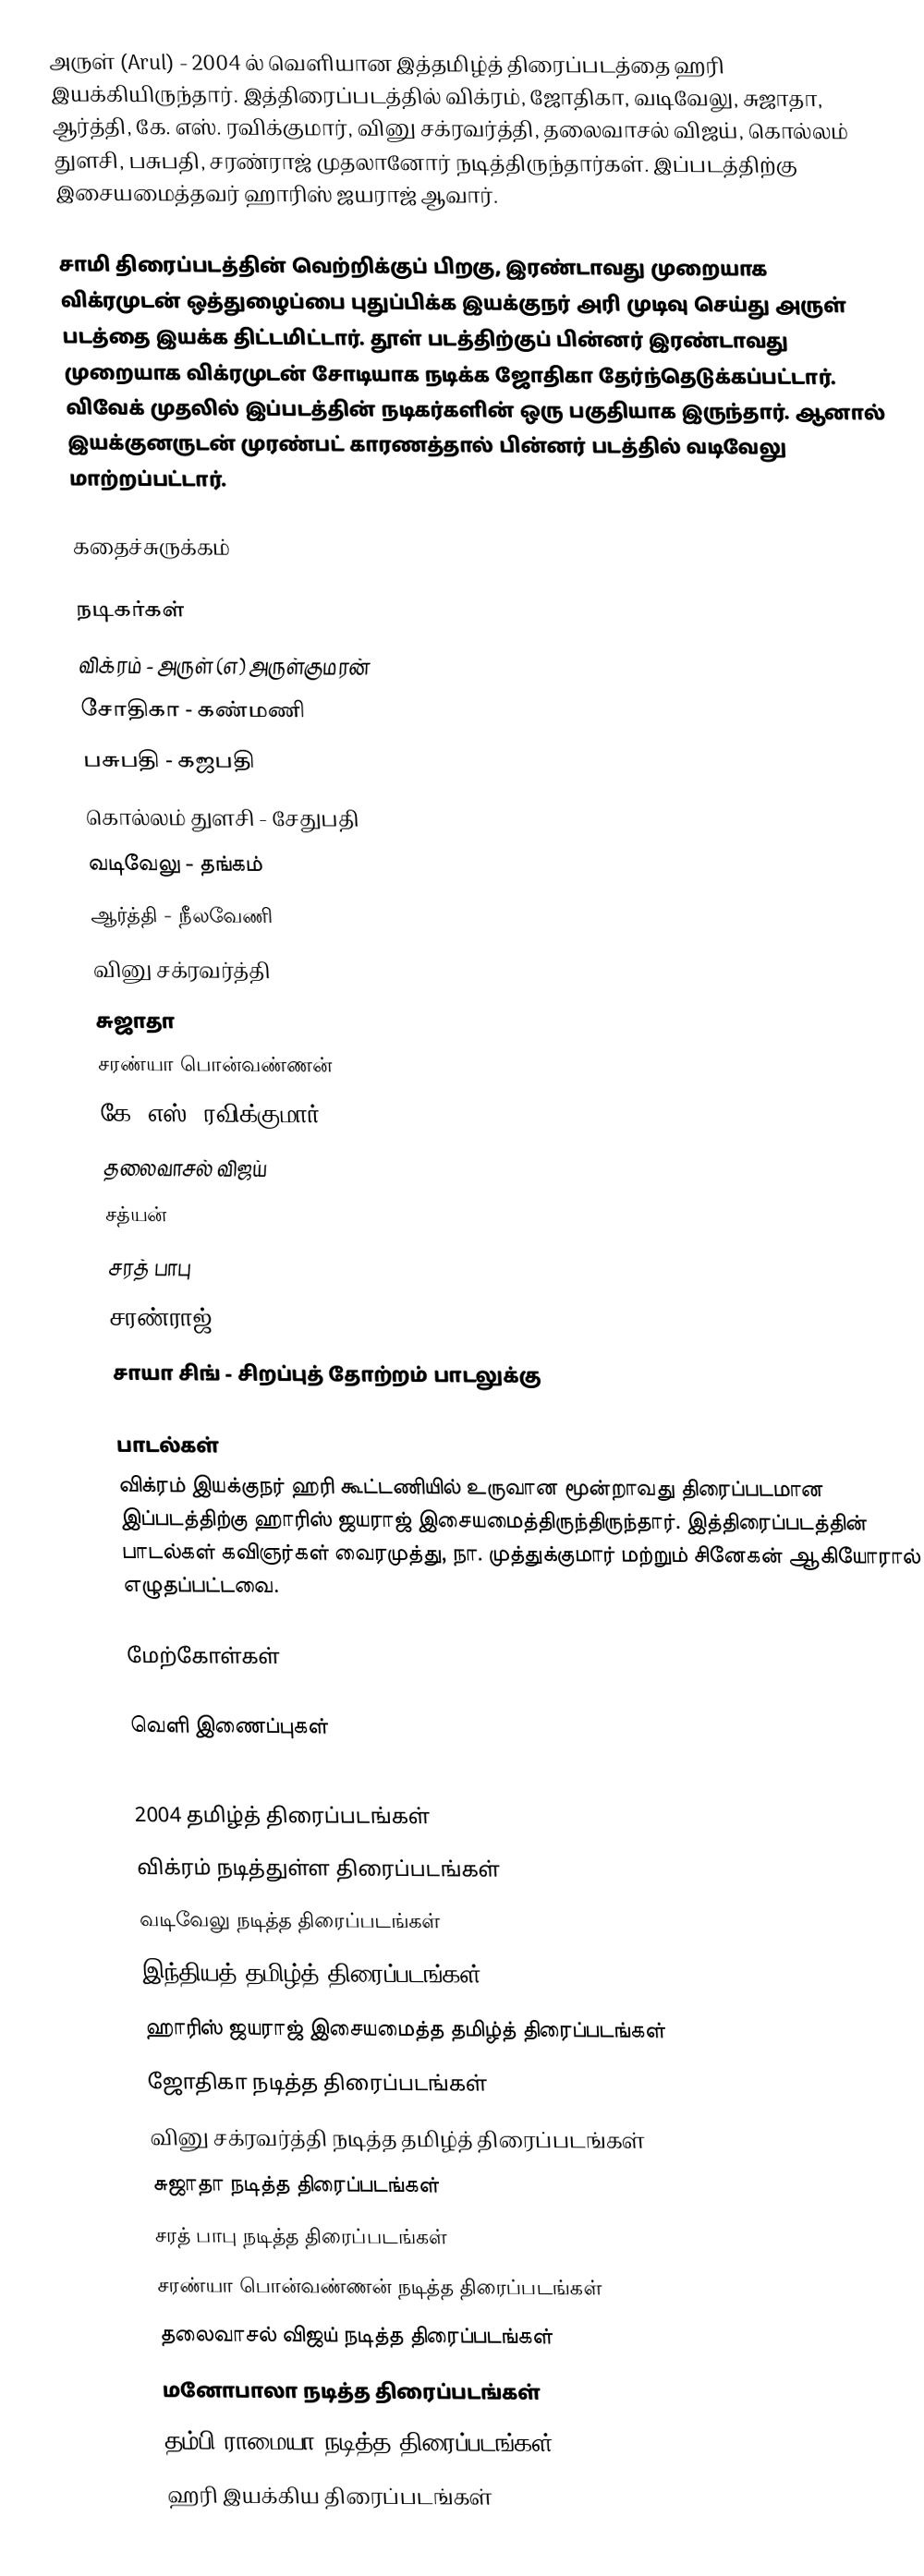
அருள் (Arul) - 2004 ல் வெளியான இத்தமிழ்த் திரைப்படத்தை ஹரி இயக்கியிருந்தார். இத்திரைப்படத்தில் விக்ரம், ஜோதிகா, வடிவேலு, சுஜாதா, ஆர்த்தி, கே. எஸ். ரவிக்குமார், வினு சக்ரவர்த்தி, தலைவாசல் விஜய், கொல்லம் துளசி, பசுபதி, சரண்ராஜ் முதலானோர் நடித்திருந்தார்கள். இப்படத்திற்கு இசையமைத்தவர் ஹாரிஸ் ஜயராஜ் ஆவார்.

சாமி திரைப்படத்தின் வெற்றிக்குப் பிறகு,  இரண்டாவது முறையாக விக்ரமுடன் ஒத்துழைப்பை புதுப்பிக்க இயக்குநர் அரி முடிவு செய்து அருள் படத்தை இயக்க திட்டமிட்டார். தூள் படத்திற்குப் பின்னர்  இரண்டாவது முறையாக விக்ரமுடன் சோடியாக நடிக்க ஜோதிகா தேர்ந்தெடுக்கப்பட்டார்.   விவேக் முதலில் இப்படத்தின் நடிகர்களின் ஒரு பகுதியாக இருந்தார். ஆனால் இயக்குனருடன் முரண்பட் காரணத்தால் பின்னர் படத்தில் வடிவேலு மாற்றப்பட்டார்.

கதைச்சுருக்கம்

நடிகர்கள்
 விக்ரம் - அருள் (எ) அருள்குமரன்
 சோதிகா - கண்மணி
 பசுபதி - கஜபதி
 கொல்லம் துளசி - சேதுபதி
 வடிவேலு - தங்கம்
 ஆர்த்தி - நீலவேணி
 வினு சக்ரவர்த்தி
 சுஜாதா
 சரண்யா பொன்வண்ணன்
 கே. எஸ். ரவிக்குமார்
 தலைவாசல் விஜய்
 சத்யன்
 சரத் பாபு
 சரண்ராஜ்
 சாயா சிங் - சிறப்புத் தோற்றம் பாடலுக்கு

பாடல்கள்
விக்ரம் இயக்குநர் ஹரி கூட்டணியில் உருவான மூன்றாவது திரைப்படமான இப்படத்திற்கு ஹாரிஸ் ஜயராஜ் இசையமைத்திருந்திருந்தார். இத்திரைப்படத்தின் பாடல்கள் கவிஞர்கள்  வைரமுத்து, நா. முத்துக்குமார் மற்றும் சினேகன் ஆகியோரால் எழுதப்பட்டவை.

மேற்கோள்கள்

வெளி இணைப்புகள்

2004 தமிழ்த் திரைப்படங்கள்
விக்ரம் நடித்துள்ள திரைப்படங்கள்
வடிவேலு நடித்த திரைப்படங்கள்
இந்தியத் தமிழ்த் திரைப்படங்கள்
ஹாரிஸ் ஜயராஜ் இசையமைத்த தமிழ்த் திரைப்படங்கள்
ஜோதிகா நடித்த திரைப்படங்கள்
வினு சக்ரவர்த்தி நடித்த தமிழ்த் திரைப்படங்கள்
சுஜாதா நடித்த திரைப்படங்கள்
சரத் பாபு நடித்த திரைப்படங்கள்
சரண்யா பொன்வண்ணன் நடித்த திரைப்படங்கள்
தலைவாசல் விஜய் நடித்த திரைப்படங்கள்
மனோபாலா நடித்த திரைப்படங்கள்
தம்பி ராமையா நடித்த திரைப்படங்கள்
ஹரி இயக்கிய திரைப்படங்கள்